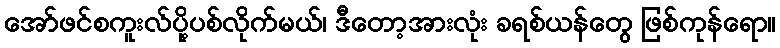
အော်ဖင်စကူးလ်ပို့ပစ်လိုက်မယ်၊ ဒီတော့အားလုံး ခရစ်ယန်တွေ ဖြစ်ကုန်ရော။